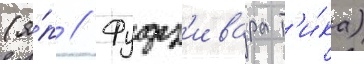
(я́п // Фудз'ивара т'и́ка)